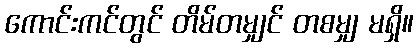
ကောင်းကင်တွင် တိမ်တမျှင် တစမျှ မရှိ။